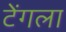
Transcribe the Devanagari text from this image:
टेंगला